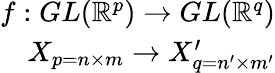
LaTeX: \begin{array}{r}{f:GL(\mathbb{R}^{p})\rightarrow GL(\mathbb{R}^{q})}\\ {X_{p=n\times m}\rightarrow X_{q=n^{\prime}\times m^{\prime}}^{\prime}}\end{array}